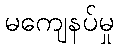
မကျေနပ်မှု